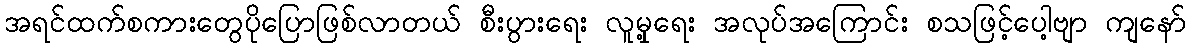
အရင်ထက်စကားတွေပိုပြောဖြစ်လာတယ် စီးပွားရေး လူမှု့ရေး အလုပ်အကြောင်း စသဖြင့်ပေါ့ဗျာ ကျနော်